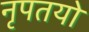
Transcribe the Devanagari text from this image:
नृपतयो